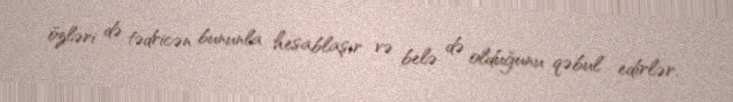
özləri də tədricən bununla hesablaşır və belə də olduğunu qəbul edirlər.